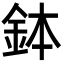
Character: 鉢